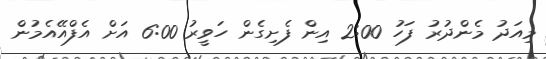
މިއަދު މެންދުރު ފަހު 2:00 އިން ފެށިގެން ހަވީރު 6:00 އަށް އެފްއޭއެމުން